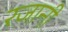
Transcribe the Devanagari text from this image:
रजानी